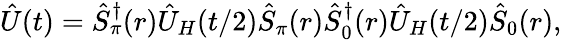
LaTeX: \begin{array}{r}{\hat{U}(t)=\hat{S}_{\pi}^{\dagger}(r)\hat{U}_{H}(t/2)\hat{S}_{\pi}(r)\hat{S}_{0}^{\dagger}(r)\hat{U}_{H}(t/2)\hat{S}_{0}(r),}\end{array}